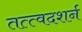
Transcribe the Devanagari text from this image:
तत्त्वदशर्न